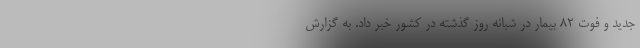
جدید و فوت ۸۲ بیمار در شبانه روز گذشته در کشور خبر داد. به گزارش